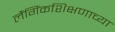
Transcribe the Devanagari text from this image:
लैंगिंकशिक्षणाच्या